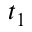
t _ { 1 }